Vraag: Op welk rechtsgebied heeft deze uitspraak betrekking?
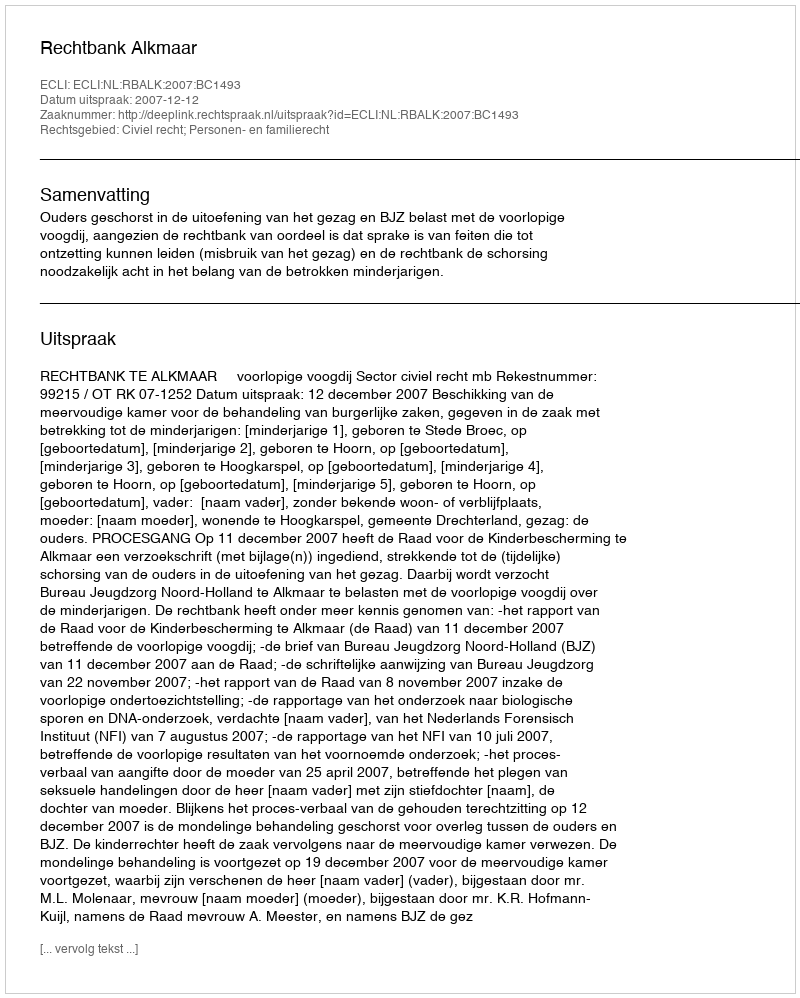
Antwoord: Civiel recht; Personen- en familierecht